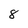
Character: 8